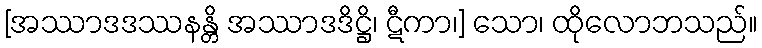
[အဿာဒဒဿနန္တိ အဿာဒဒိဋ္ဌိ၊ ဋီကာ၊] သော၊ ထိုလောဘသည်။